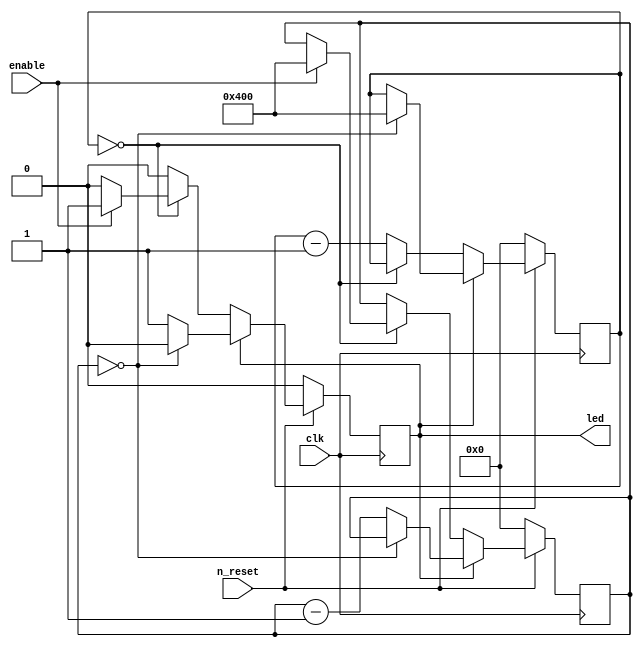
module led_blink #(
	parameter BLINK_ON_CLKS		= 1024,
	parameter BLINK_OFF_CLKS	= 1024,
) (
	input clk,
	input n_reset,
	input enable,
	output reg led,
);
	reg [31:0] led_on_count;
	reg [31:0] led_off_count;

	initial begin
		led <= 0;
		led_on_count <= 0;
		led_off_count <= 0;
	end

	always @(posedge clk) begin
		if (n_reset) begin
			if (led) begin
				if (led_on_count == 0) begin
					led <= 0;
					led_off_count <= BLINK_OFF_CLKS;
				end else begin
					led_on_count <= led_on_count - 1;
				end
			end else begin
				if (led_off_count == 0) begin
					if (enable) begin
						led <= 1;
						led_on_count <= BLINK_ON_CLKS;
					end
				end else begin
					led_off_count <= led_off_count - 1;
				end
			end
		end else begin
			led <= 0;
			led_on_count <= 0;
			led_off_count <= 0;
		end
	end
endmodule